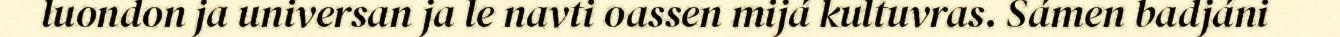
luondon ja universan ja le navti oassen mijá kultuvras. Sámen badjáni